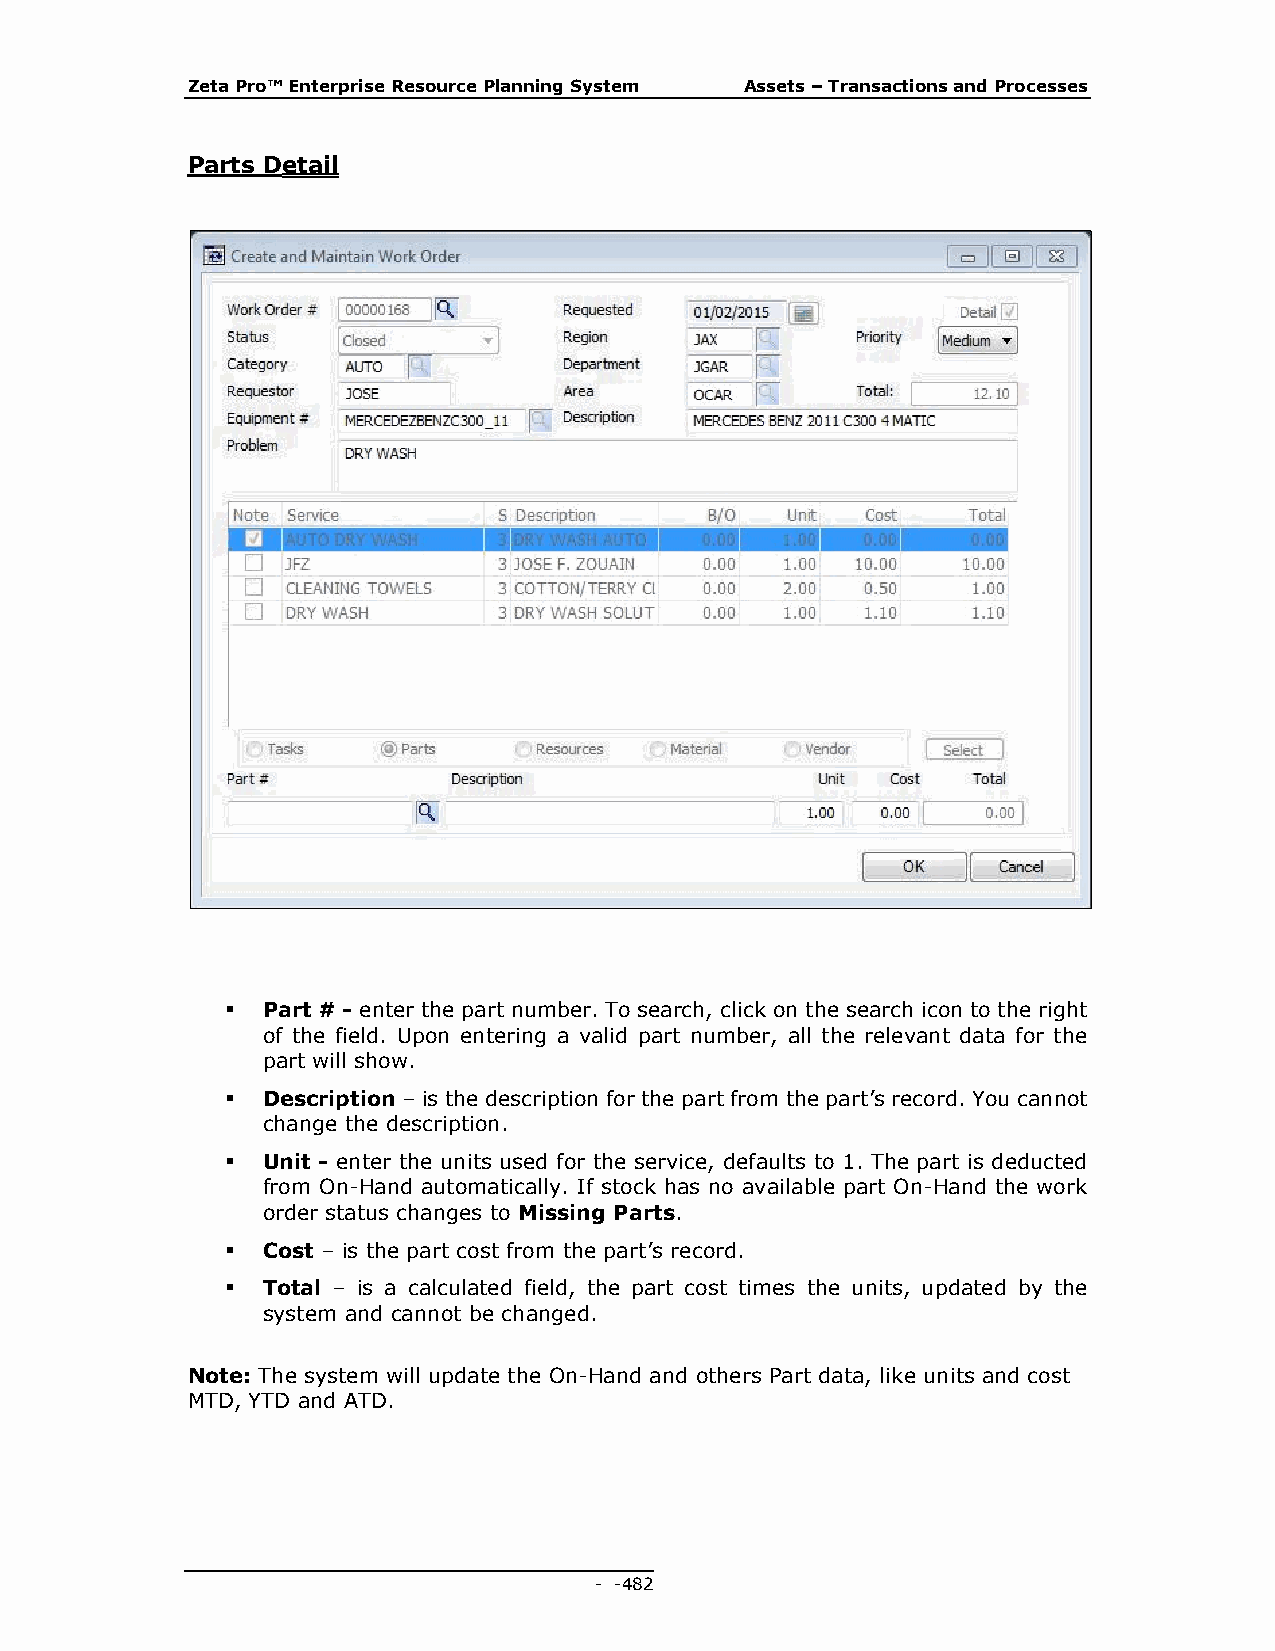
Zeta Pro™ Enterprise Resource Planning System Assets – Transactions and Processes
 Parts Detail
  Part # - enter the part number. To search, click on the search icon to the right
 of the field. Upon entering a valid part number, all the relevant data for the
 part will show.
  Description – is the description for the part from the part’s record. You cannot
 change the description.
  Unit - enter the units used for the service, defaults to 1. The part is deducted
 from On-Hand automatically. If stock has no available part On-Hand the work
 order status changes to Missing Parts.
  Cost – is the part cost from the part’s record.
  Total – is a calculated field, the part cost times the units, updated by the
 system and cannot be changed.
 Note: The system will update the On-Hand and others Part data, like units and cost
 MTD, YTD and ATD.
 - - 482